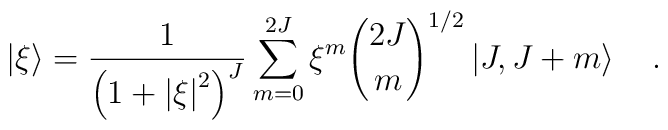
\left\vert{\xi}\right\rangle={1\over{\left({1+{\vert\xi\vert}^{2}}\right)^{J}}}\sum_{m=0}^{2J}\xi^{m}{2J\choose m}^{1/2}\left\vert{J,\-J+m}\right\rangle\quad.